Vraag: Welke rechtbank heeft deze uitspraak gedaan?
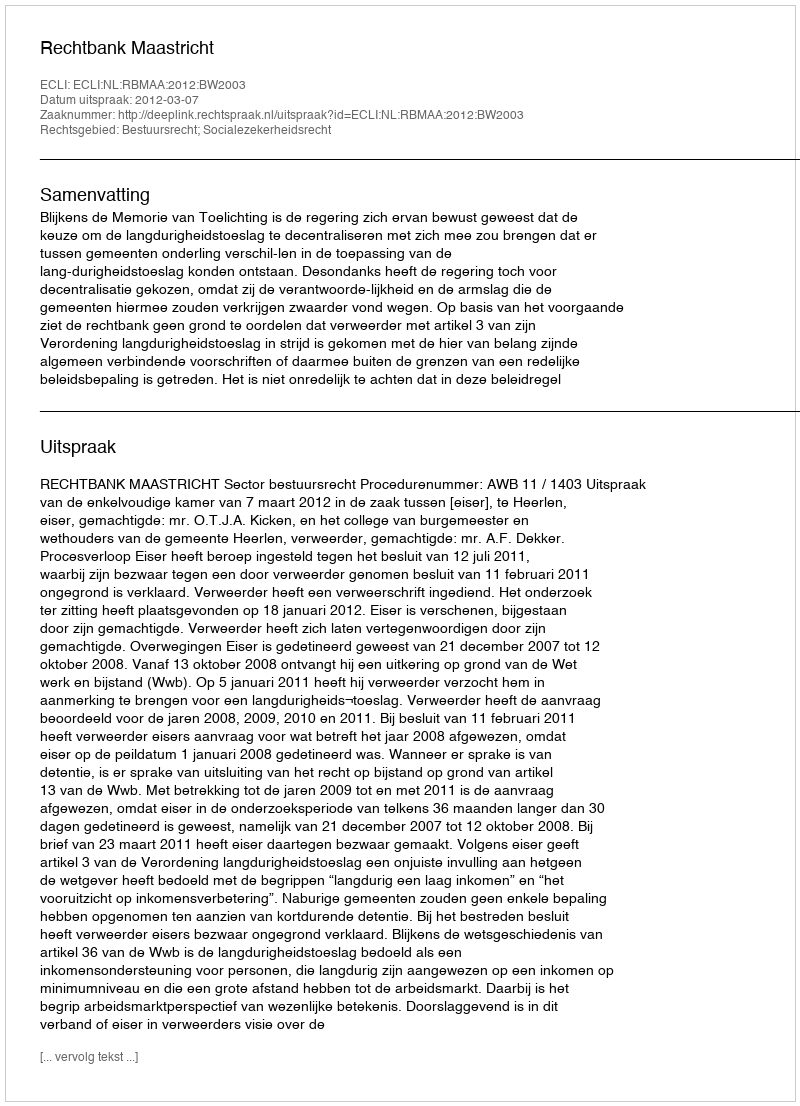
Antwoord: Rechtbank Maastricht